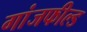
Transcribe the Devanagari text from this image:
गांजफील्ड